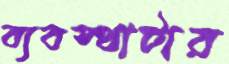
ব্যবস্থাটার